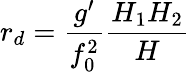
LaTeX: r_{d}=\frac{g^{\prime}}{f_{0}^{2}}\frac{H_{1}H_{2}}{H}